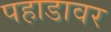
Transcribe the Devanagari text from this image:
पहाडावर